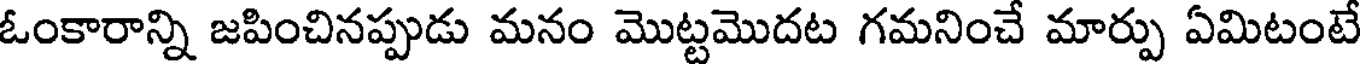
ఓంకారాన్ని జపించినప్పుడు మనం మొట్టమొదట గమనించే మార్పు ఏమిటంటే